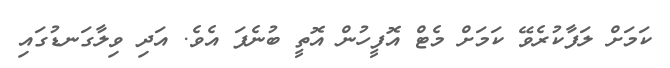
ކަމަށް ލަފާކުރެވޭ ކަަމަށް މެޓް އޮފީހުން އޮތީ ބުނެފަ އެވެ. އަދި ވިލާގަނޑުގައި